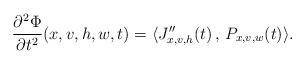
LaTeX: \begin{align*}\frac{\partial^2\Phi}{\partial t^2 }(x,v,h,w,t)=\langle J_{x,v,h}''(t)\, , \, P_{x,v,w}(t) \rangle.\end{align*}